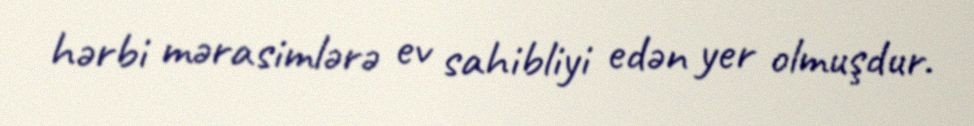
hərbi mərasimlərə ev sahibliyi edən yer olmuşdur.